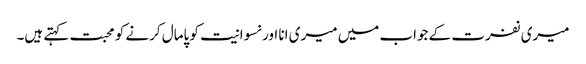
میری نفرت کے جواب میں میری انا اور نسوانیت کو پامال کرنے کو محبت کہتے ہیں۔